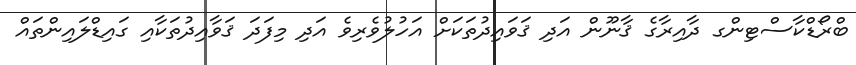
ބްރޯޑްކާސްޓިންގ ދާއިރާގެ ޤާނޫން އަދި ޤަވައިދުތަކަށް އަހުލުވެރިވެ އަދި މިފަދަ ޤަވާއިދުތަކާއި ގައިޑްލައިންތައް